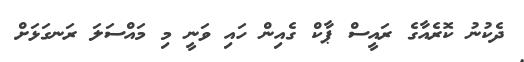
ދެކުނު ކޮރެއާގެ ރައީސް ޕާކް ގެއިން ހައި ވަނީ މި މައްސަލަ ރަނގަޅަށް